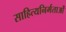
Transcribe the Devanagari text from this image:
साहित्यनिर्मताओं